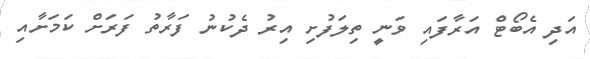
އަދި އެބޯޓް އަރާފައި ވަނީ ތިލަފުށި އިރު ދެކުނު ފަރާތު ފަރަށް ކަމަށާއި